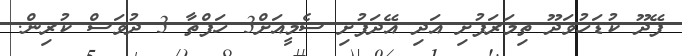
ފޭދޫ ކުޑަހުވަދޫ ތިމަރަފުށި އަދި އޭދަފުށި ސެމީއަށް3 ހަފްތާ 3 ދުވަސް ކުރިން.